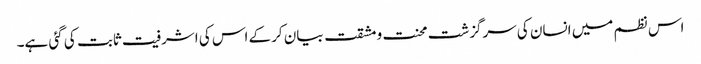
اس نظم میں انسان کی سرگزشت محنت و مشقت بیان کرکے اس کی اشرفیت ثابت کی گئی ہے۔